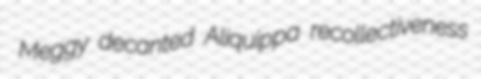
Meggy decanted Aliquippa recollectiveness